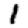
Digit: 1